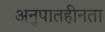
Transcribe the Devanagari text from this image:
अनुपातहीनता